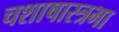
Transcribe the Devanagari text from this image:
चशाषास्त्रभा